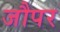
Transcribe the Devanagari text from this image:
जौपर